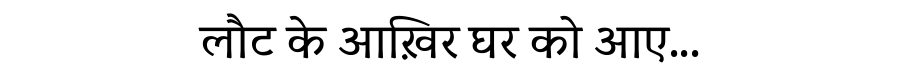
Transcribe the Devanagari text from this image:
लौट के आख़िर घर को आए...